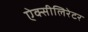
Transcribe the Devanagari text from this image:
ऐक्सीलिरेटर